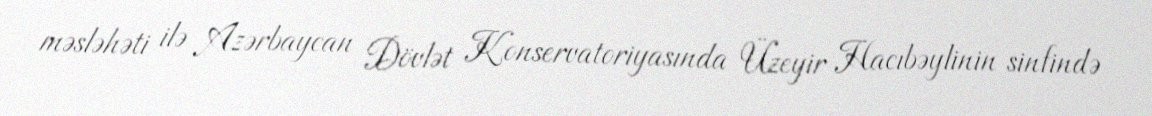
məsləhəti ilə Azərbaycan Dövlət Konservatoriyasında Üzeyir Hacıbəylinin sinfində